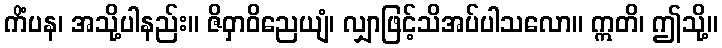
ကိံပန၊ အသို့ပါနည်း။ ဇိဝှာဝိညေယျံ၊ လျှာဖြင့်သိအပ်ပါသလော။ ဣတိ၊ ဤသို့။